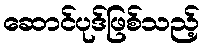
ဆောင်ပုဒ်ဖြစ်သည့်